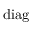
\mathrm { d i a g }